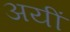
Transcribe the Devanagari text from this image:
अयीं